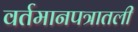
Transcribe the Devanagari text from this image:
वर्तमानपत्रातली